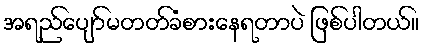
အရည်ပျော်မတတ်ခံစားနေရတာပဲ ဖြစ်ပါတယ်။